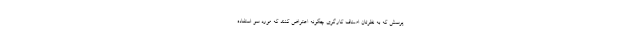
پرسش که به نظرتان اصناف کارگری چگونه اعتراض کنند که مورد سو استفاده